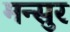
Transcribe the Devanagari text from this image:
मन्सुर